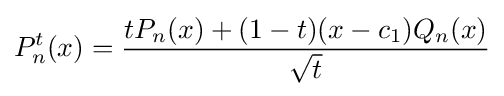
P_{n}^{t}(x)={\frac {tP_{n}(x)+(1-t)(x-c_{1})Q_{n}(x)}{\sqrt {t}}}